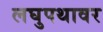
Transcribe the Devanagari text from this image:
लघुपथावर